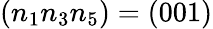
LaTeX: (n_{1}n_{3}n_{5})=(001)